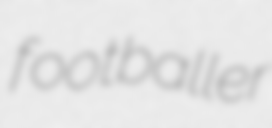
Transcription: footballer